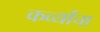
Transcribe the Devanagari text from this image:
कर्व्यांचा